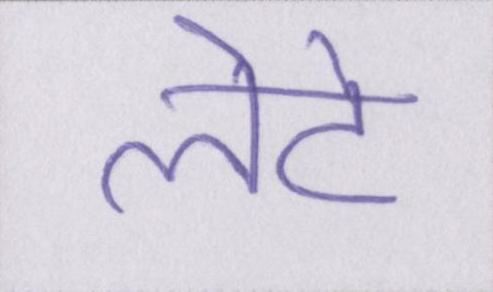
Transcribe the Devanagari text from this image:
लेटे